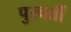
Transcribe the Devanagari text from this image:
पुरवर्ती